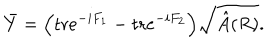
\bar { Y } = \Big ( \mathrm { t r } e ^ { - i F _ { 1 } } - \mathrm { t r } e ^ { - i F _ { 2 } } \Big ) \sqrt { \hat { A } ( R ) } .